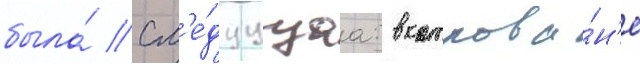
была́ сл'е́дуущаа: в котлова́н'е